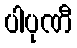
ပါပုဏီ